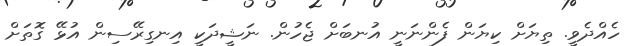
ހެއްދެވީ. ތިޔަށް ކިޔަން ފެންނަނީ އުނބަށް ޖެހުން. ނަޝީދަކީ އިނގިރޭސިން އުޅޭ ގޮތަށް